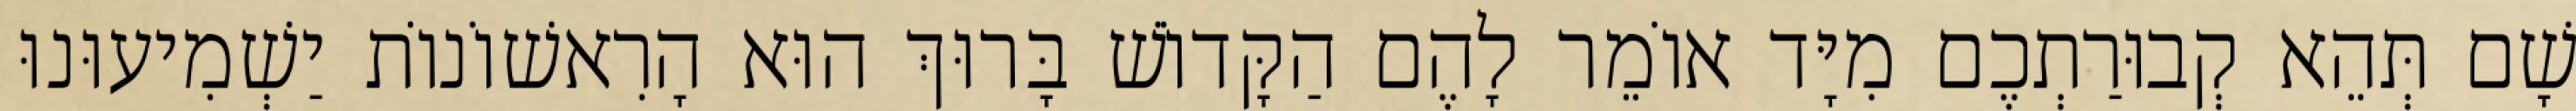
שָׁם תְּהֵא קְבוּרַתְכֶם מִיָּד אוֹמֵר לָהֶם הַקָּדוֹשׁ בָּרוּךְ הוּא הָרִאשׁוֹנוֹת יַשְׁמִיעוּנוּ